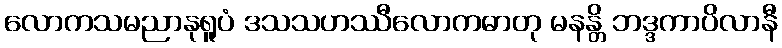
လောကသမညာနုရူပံ ဒသသဟဿီလောကဓာတု မနန္တိ ဘဒ္ဒကာပိလာနီ